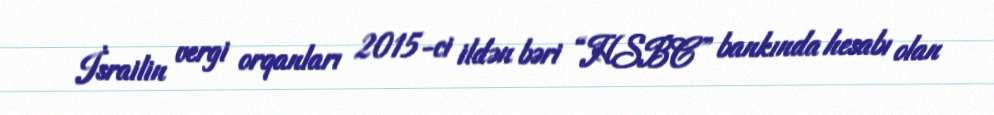
İsrailin vergi orqanları 2015-ci ildən bəri “HSBC” bankında hesabı olan